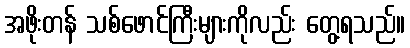
အဖိုးတန် သစ်ဖောင်ကြီးများကိုလည်း တွေ့ရသည်။